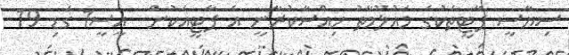
ސިޔާސީ ޕާޓީތަކުގެ މައުލޫމާތު ހިއްސާކުރާނީ އެ ޕާޓީއަކުން  އީސީ1 ގަޑި 19